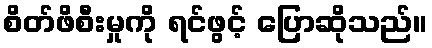
စိတ်ဖိစီးမှုကို ရင်ဖွင့် ပြောဆိုသည်။